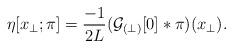
LaTeX: \begin{align*}\eta[x_\perp; \pi] = \frac{-1}{2L} ({\cal G}_{(\perp)}[0]\ast\pi)(x_\perp) .\end{align*}